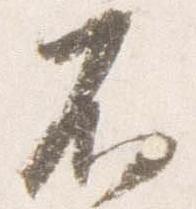
不